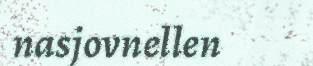
nasjovnellen